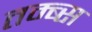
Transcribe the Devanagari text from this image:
तम्ब्स